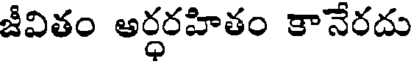
జీవితం అర్ధరహితం కానేరదు